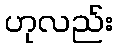
ဟုလည်း